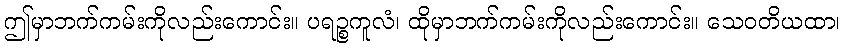
ဤမှာဘက်ကမ်းကိုလည်းကောင်း။ ပရဉ္စကူလံ၊ ထိုမှာဘက်ကမ်းကိုလည်းကောင်း။ သေဝတိယထာ၊